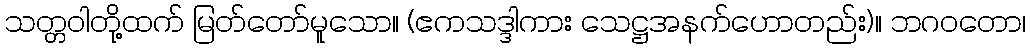
သတ္တဝါတို့ထက် မြတ်တော်မူသော။ (ဧကသဒ္ဒါကား သေဋ္ဌအနက်ဟောတည်း)။ ဘဂဝတော၊